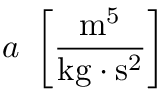
a ~ \left[ \frac { \mathrm { m } ^ { 5 } } { \mathrm { k g } \cdot \mathrm { s } ^ { 2 } } \right]